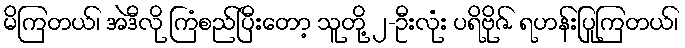
မိကြတယ်၊ အဲဒီလို ကြံစည်ပြီးတော့ သူတို့ ၂-ဦးလုံး ပရိဗိုဇ် ရဟန်းပြုကြတယ်၊